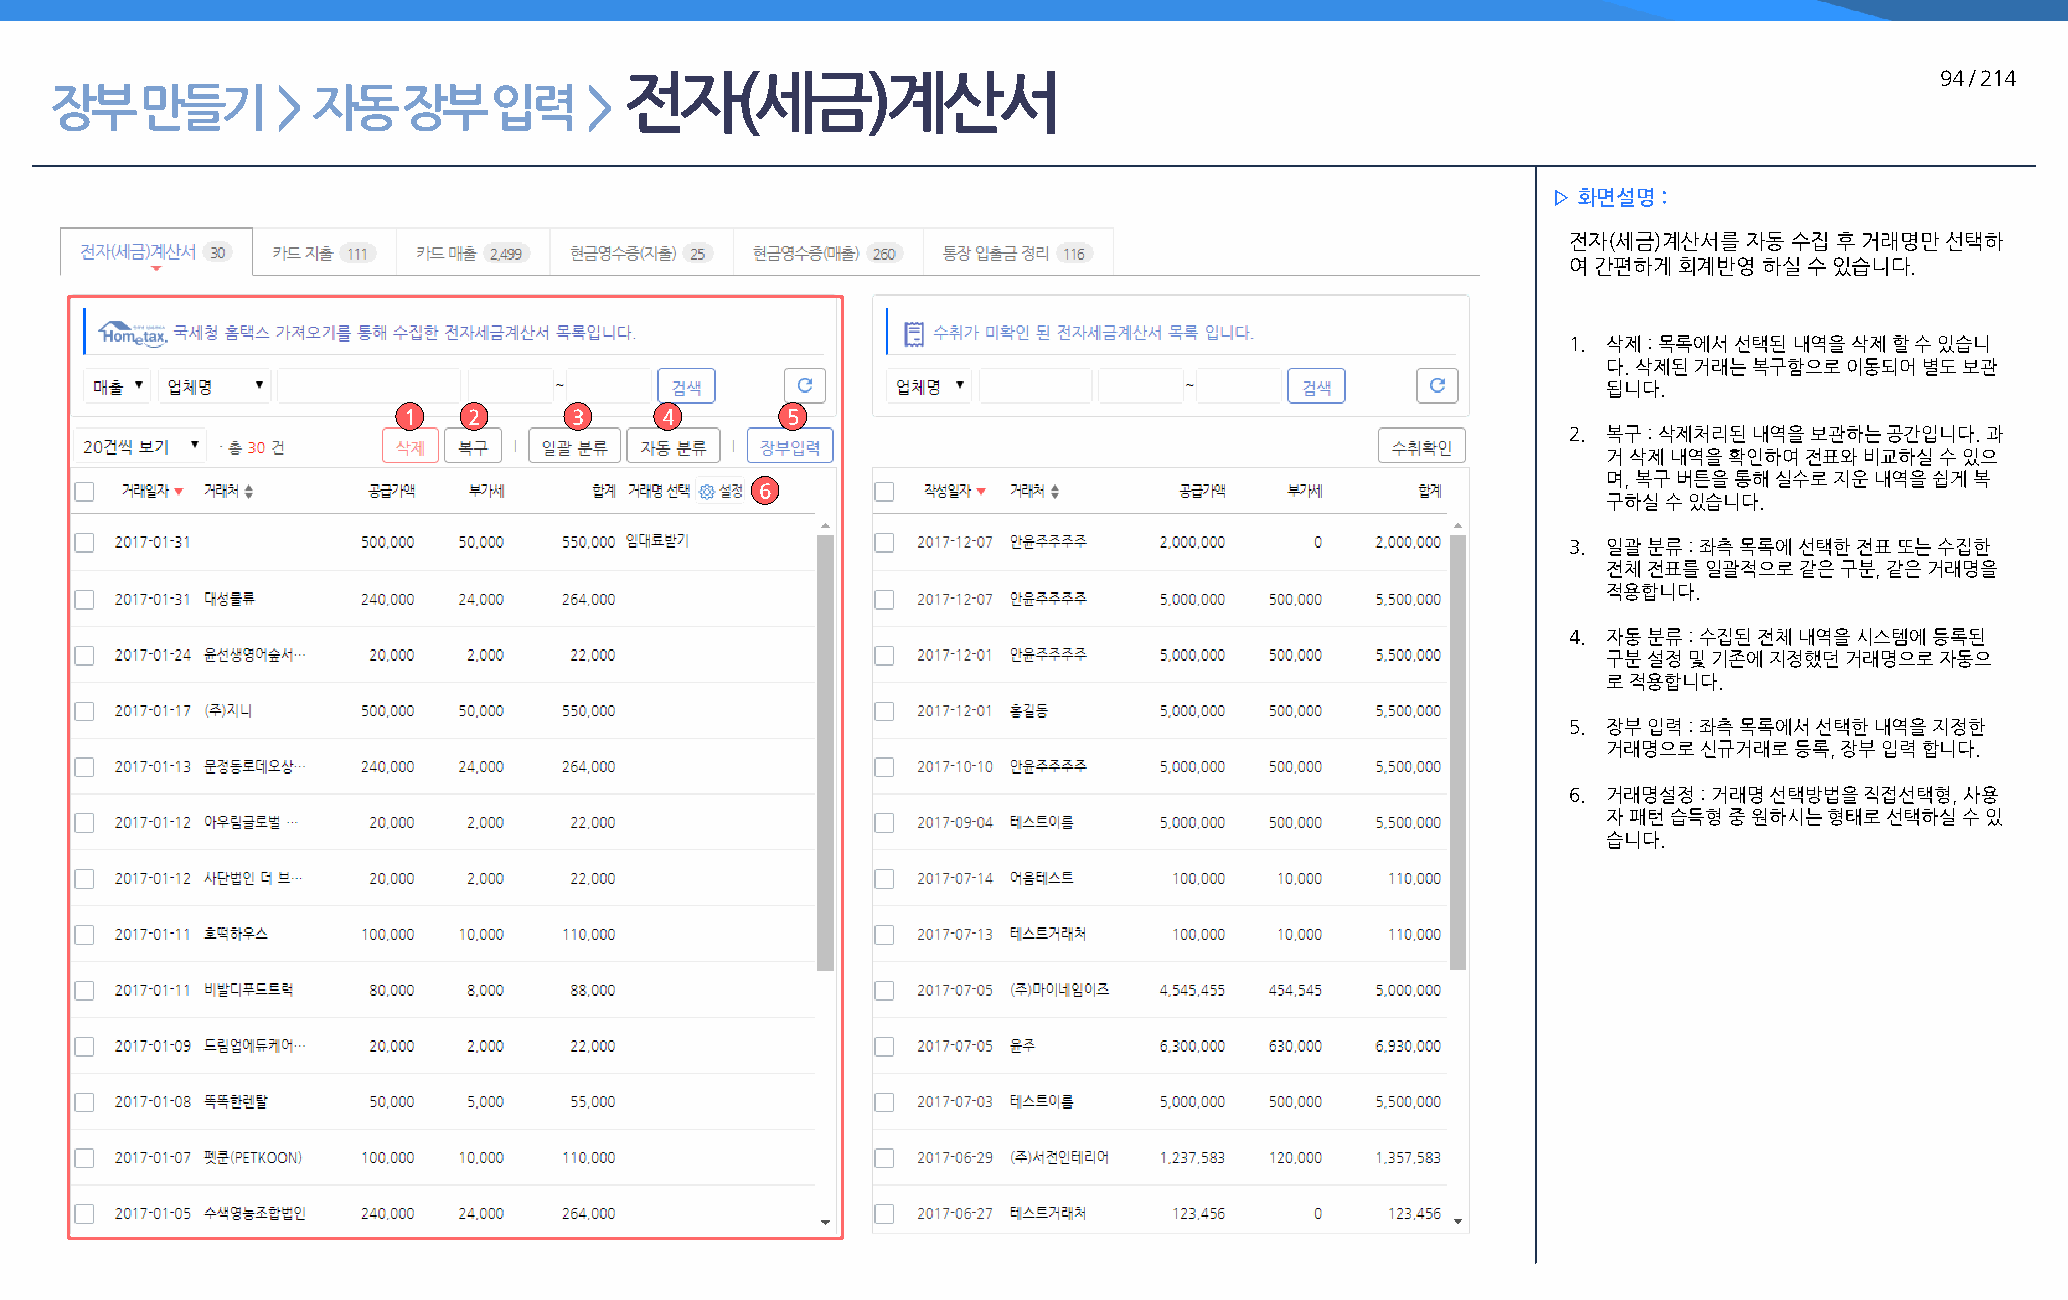
전자(세금)계산서                                                                              94 / 214
 장부    만들기      >  자동    장부   입력     >
 ▷ 화면설명 :
 전자(세금)계산서를  자동 수집 후 거래명만 선택하
 여 간편하게 회계반영  하실 수 있습니다.
 1. 삭제 : 목록에서 선택된 내역을 삭제 할 수 있습니
 다. 삭제된 거래는 복구함으로 이동되어 별도 보관
 됩니다.
 1   2      3     4       5
 2. 복구 : 삭제처리된 내역을 보관하는 공간입니다. 과
 거 삭제 내역을 확인하여 전표와 비교하실 수 있으
 며, 복구 버튼을 통해 실수로 지운 내역을 쉽게 복
 6
 구하실 수 있습니다.
 3. 일괄 분류 : 좌측 목록에 선택한 전표 또는 수집한
 전체 전표를 일괄적으로 같은 구분, 같은 거래명을
 적용합니다.
 4. 자동 분류 : 수집된 전체 내역을 시스템에 등록된
 구분 설정 및 기존에 지정했던 거래명으로 자동으
 로 적용합니다.
 5. 장부 입력 : 좌측 목록에서 선택한 내역을 지정한
 거래명으로  신규거래로 등록, 장부 입력 합니다.
 6. 거래명설정 : 거래명 선택방법을 직접선택형, 사용
 자 패턴 습득형 중 원하시는 형태로 선택하실 수 있
 습니다.